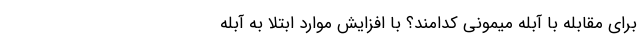
برای مقابله با آبله میمونی کدامند؟ با افزایش موارد ابتلا به آبله